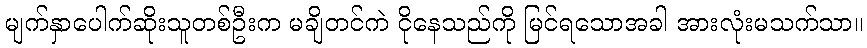
မျက်နှာပေါက်ဆိုးသူတစ်ဦးက မချိတင်ကဲ ငိုနေသည်ကို မြင်ရသောအခါ အားလုံးမသက်သာ။